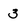
Character: 3